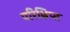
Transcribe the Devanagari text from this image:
परिक्षिप्त